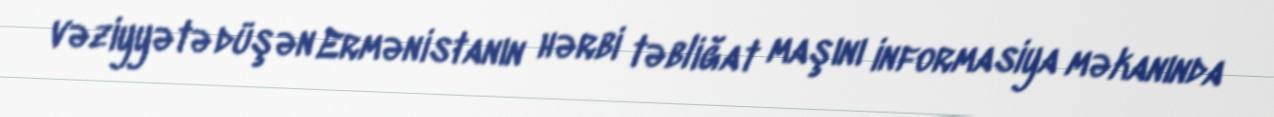
vəziyyətə düşən Ermənistanın hərbi təbliğat maşını informasiya məkanında